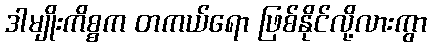
ဒါမျိုးကိစ္စက တကယ်ရော ဖြစ်နိုင်လို့လားကွာ